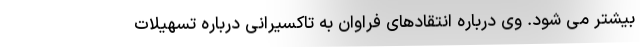
بیشتر می شود. وی درباره انتقادهای فراوان به تاکسیرانی درباره تسهیلات